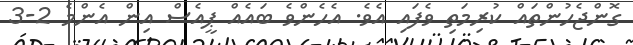
ގޮންޖެހުންތައް ކުރިމަތި ވެފައި އެވެ. އެހެންވެ ބައެއް ޕީއެސް އިން އެންމެ 2-3